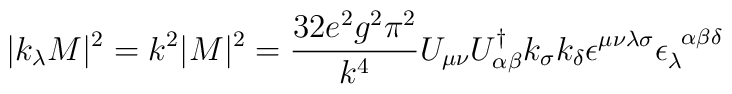
|k_{\lambda} M|^2 = k^2 |M|^2 = \frac{32e^2g^2\pi^2}{k^4} U_{\mu \nu}U^{\dag}_{\alpha \beta} k_{\sigma} k_{\delta} \epsilon^{\mu \nu \lambda\sigma} \epsilon_{\lambda}^{\; \; \alpha \beta \delta}